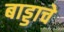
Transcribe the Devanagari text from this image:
बाड्डाचे